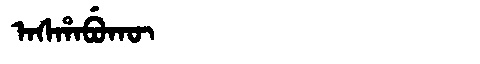
Manchu: ᠠᠰᡥᠠᠪᡠᡴᡡ
Romanization: ASHABUKŪ